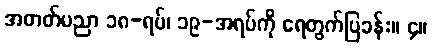
အတတ်ပညာ ၁၈-ရပ်၊ ၁၉-အရပ်ကို ရေတွက်ပြခန်း။ ၄။